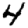
Digit: 4